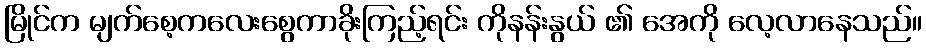
မြိုင်က မျက်စေ့ကလေးစွေကာခိုးကြည့်ရင်း ကိုနန်းနွယ် ၏ အေကို လေ့လာနေသည်။